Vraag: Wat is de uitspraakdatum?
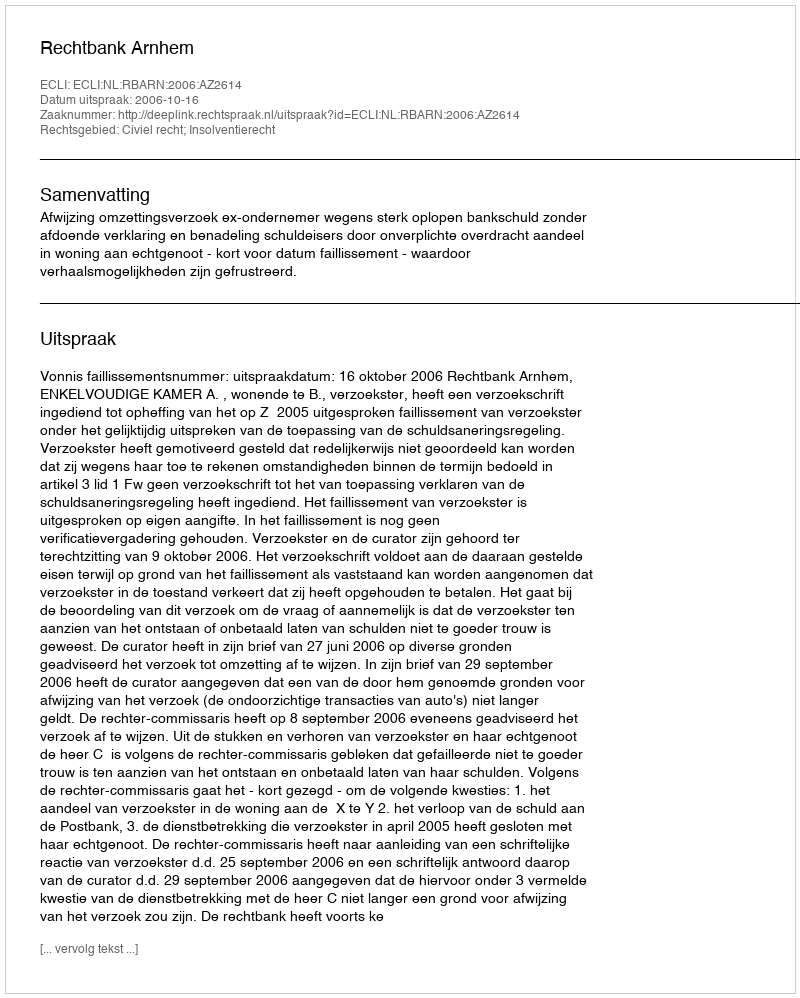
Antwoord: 2006-10-16